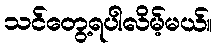
သင်တွေ့ရပါလိမ့်မယ်။